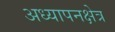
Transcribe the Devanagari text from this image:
अध्यापनक्षेत्र